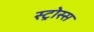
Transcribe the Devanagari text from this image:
स्ट्रोस्स